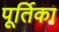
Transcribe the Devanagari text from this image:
पूर्तिका